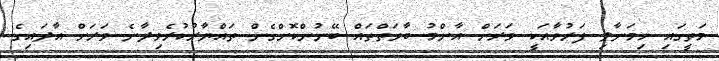
މަތީގައި ހިމަނާލި ފަރުވާއަކީ ވަރަށް އާންމު ބާވަތްތައް ބޭނުންކޮށްގެން ތައްޔާރުކުރެވިދާނެ ވަރަށް އާދައިގެ